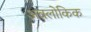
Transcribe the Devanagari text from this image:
अवलोकिक